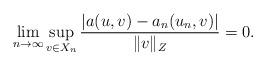
LaTeX: \begin{align*}\lim_{n \to \infty} \sup_{v \in X_n}\frac{|a(u, v) - a_n(u_n, v)|}{\| v \|_Z} = 0.\end{align*}